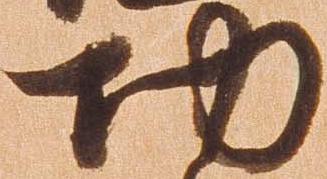
功